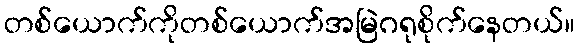
တစ်ယောက်ကိုတစ်ယောက်အမြဲဂရုစိုက်နေတယ်။